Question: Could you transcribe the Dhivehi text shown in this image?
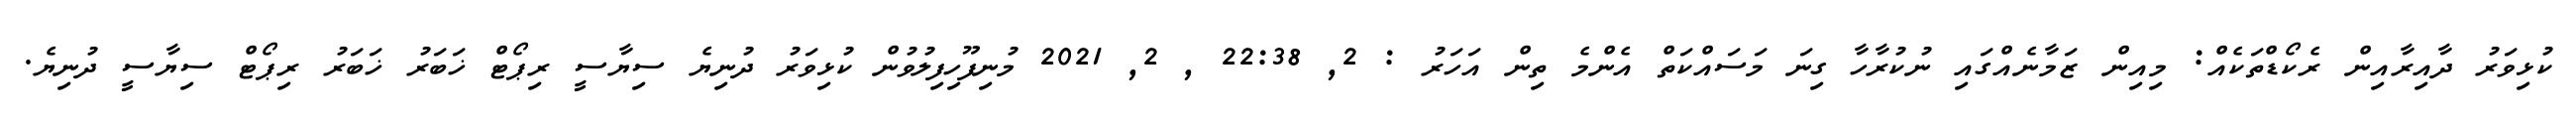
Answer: ކުޅިވަރު ދާއިރާއިން ރެކޯޑްތަކެއް: މިއިން ޒަމާނެއްގައި ނުކުރާހާ ގިނަ މަސައްކަތް އެންމެ ތިން އަހަރު : 2, 22:38 , 2, 2021 މުނިފޫހިފިލުވުން ކުޅިވަރު ދުނިޔެ ސިޔާސީ ރިޕޯޓް ޚަބަރު ޚަބަރު ރިޕޯޓް ސިޔާސީ ދުނިޔެ.